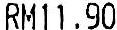
RM11.90